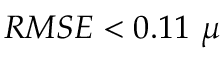
R M S E < 0 . 1 1 ~ \mu